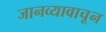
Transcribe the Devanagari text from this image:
जानव्यावाचून